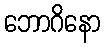
ဘောဂိနော